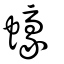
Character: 蠔